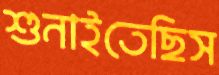
শুনাইতেছিস